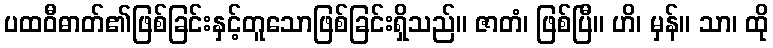
ပထဝီဓာတ်၏ဖြစ်ခြင်းနှင့်တူသောဖြစ်ခြင်းရှိသည်။ ဇာတံ၊ ဖြစ်ပြီ။ ဟိ၊ မှန်။ သာ၊ ထို